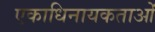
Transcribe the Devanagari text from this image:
एकाधिनायकताओं